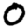
Digit: 0